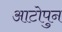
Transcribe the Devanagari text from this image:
आटोपुन